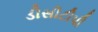
ડીસીટીપી